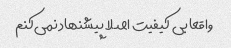
واقعا بی کیفیت اصلا پیشنهاد نمی‌کنم